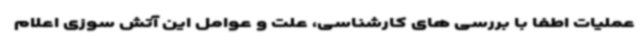
عملیات اطفا با بررسی های کارشناسی، علت و عوامل این آتش سوزی اعلام